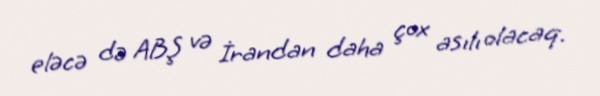
eləcə də ABŞ və İrandan daha çox asılı olacaq.